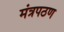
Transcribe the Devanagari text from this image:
मंत्रपठण